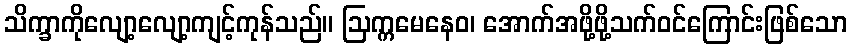
သိက္ခာကိုလျော့လျော့ကျင့်ကုန်သည်။ ဩက္ကမေနေဝ၊ အောက်အဖို့ဖို့သက်ဝင်ကြောင်းဖြစ်သော